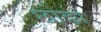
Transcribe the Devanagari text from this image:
छोङा